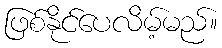
ဖြစ်နိုင်ပေလိမ့်မည်။